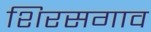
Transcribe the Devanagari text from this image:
शिरसगाव